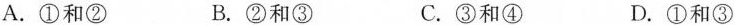
A.①和② B.②和③ C.③和④ D.①和③